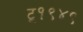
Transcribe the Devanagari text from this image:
टू१९४९